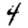
Digit: 4